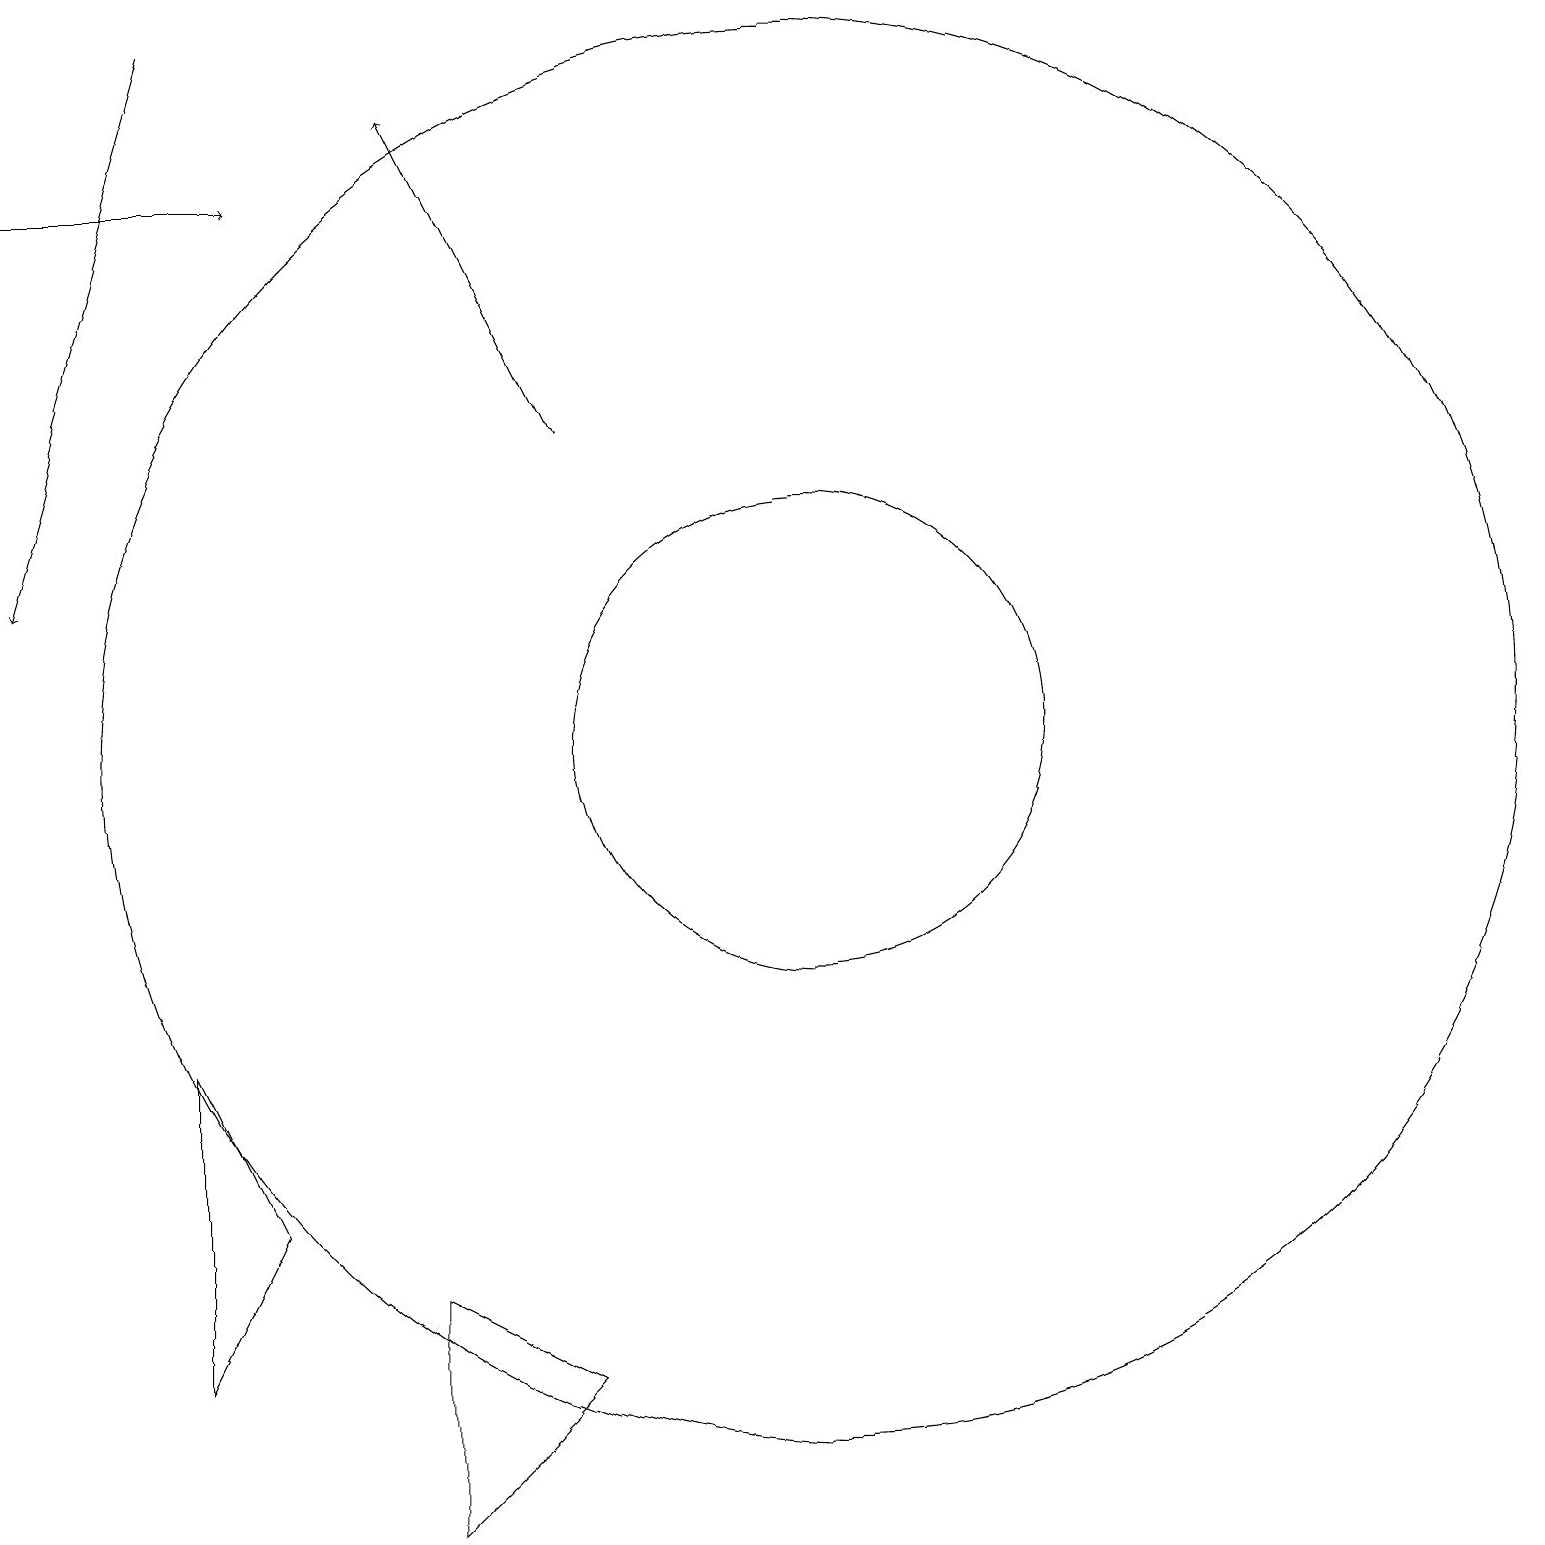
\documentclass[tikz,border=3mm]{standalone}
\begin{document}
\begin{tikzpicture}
\draw (10,10) circle (9);
\draw (3,4) -- (2,2) -- (2,6) -- cycle;
\draw[->] (0,17) -- (3,17);
\draw[->] (2,19) -- (0,12);
\draw (5,0) -- (7,2) -- (5,3) -- cycle;
\draw[->] (7,14) -- (5,18);
\draw (10,10) circle (3);
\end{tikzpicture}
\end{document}